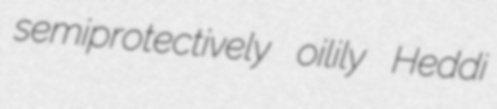
semiprotectively oilily Heddi